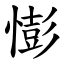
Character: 憉